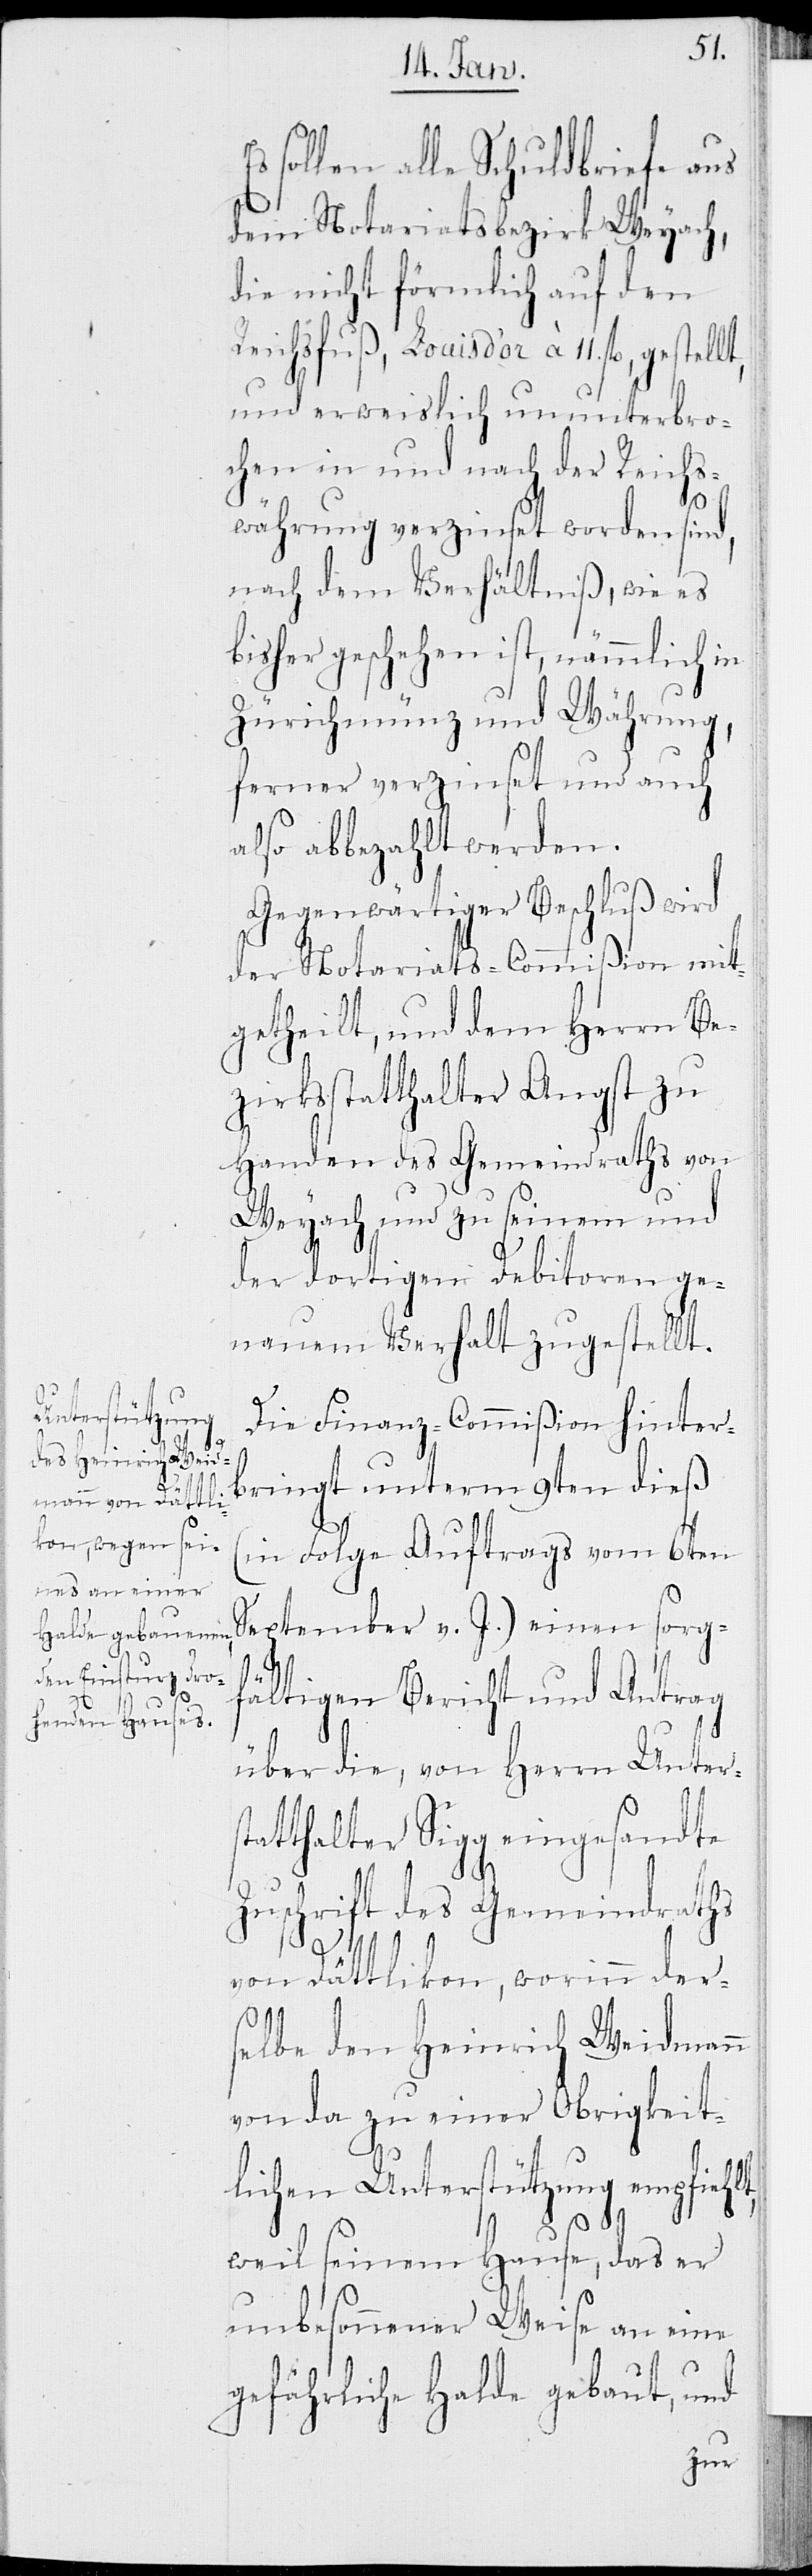
sollen alle Schuldbriefe aus
dem Notariatsbezirk Weyach,
die nicht förmlich auf den
Reichsfuß, Louis d’or à 11. fl., gestellt,
und erweislich ununterbro¬
chen in und nach der Reichs¬
währung verzinset worden sind,
nach dem Verhältniß, wie es
bisher geschehen ist, nämmlich in
Zürichmünz und Währung,
ferner verzinset und auch
also abbezahlt werden.
Gegenwärtiger Beschluß wird
der Notariats-Commißion mit¬
getheilt, und dem Herrn Be¬
zirksstatthalter Angst zu
Handen des Gemeindraths von
Weyach und zu seinem und
der dortigen Debitoren ge¬
nauem Verhalt zugestellt.
Die Finanz-Commißion hinter¬
bringt unterm 9ten dieß
(in Folge Auftrags vom 6ten
J.)
fältigen Bericht und Antrag
über die, von Herrn Unters¬
tatthalter Sigg eingesandte
sorg¬
Zuschrift des Gemeindraths
v.
von Dättlikon, worinn der¬
selbe den Heinrich Weidmann
von da zu einer Obrigkeit¬
lichen Unterstützung empfiehlt,
weil seinem Hause, das er
unbesonnener Weise an eine
gefährliche Halde gebaut, und